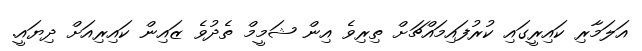
އަލަމާރި ކައިރީގައި ކުރުފައިމައްޗަށް ތިރިވެ އިން ޝަމީމް ތެދުވެ ޒައިން ކައިރިއަށް ދިޔައީ.